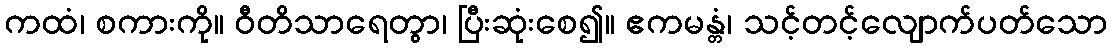
ကထံ၊ စကားကို။ ဝီတိသာရေတွာ၊ ပြီးဆုံးစေ၍။ ဧကမန္တံ၊ သင့်တင့်လျောက်ပတ်သော